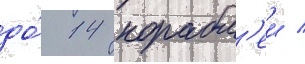
до́ 14 корабл'еи /